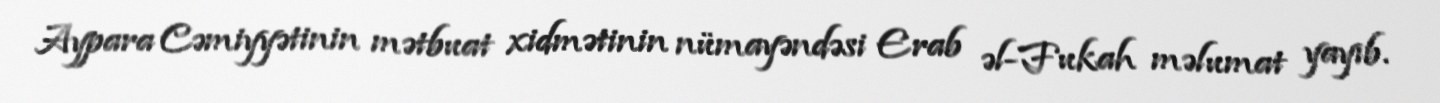
Aypara Cəmiyyətinin mətbuat xidmətinin nümayəndəsi Erab əl-Fukah məlumat yayıb.